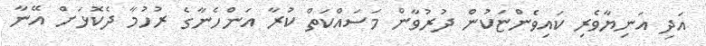
އަދި އަނިޔާވެރި ކައިވެންޏަކުން ދުރުވާން މަސައްކަތް ކުރާ އަންހެނާގެ ރުހުމާ ދެކޮޅަށް އޭނާ